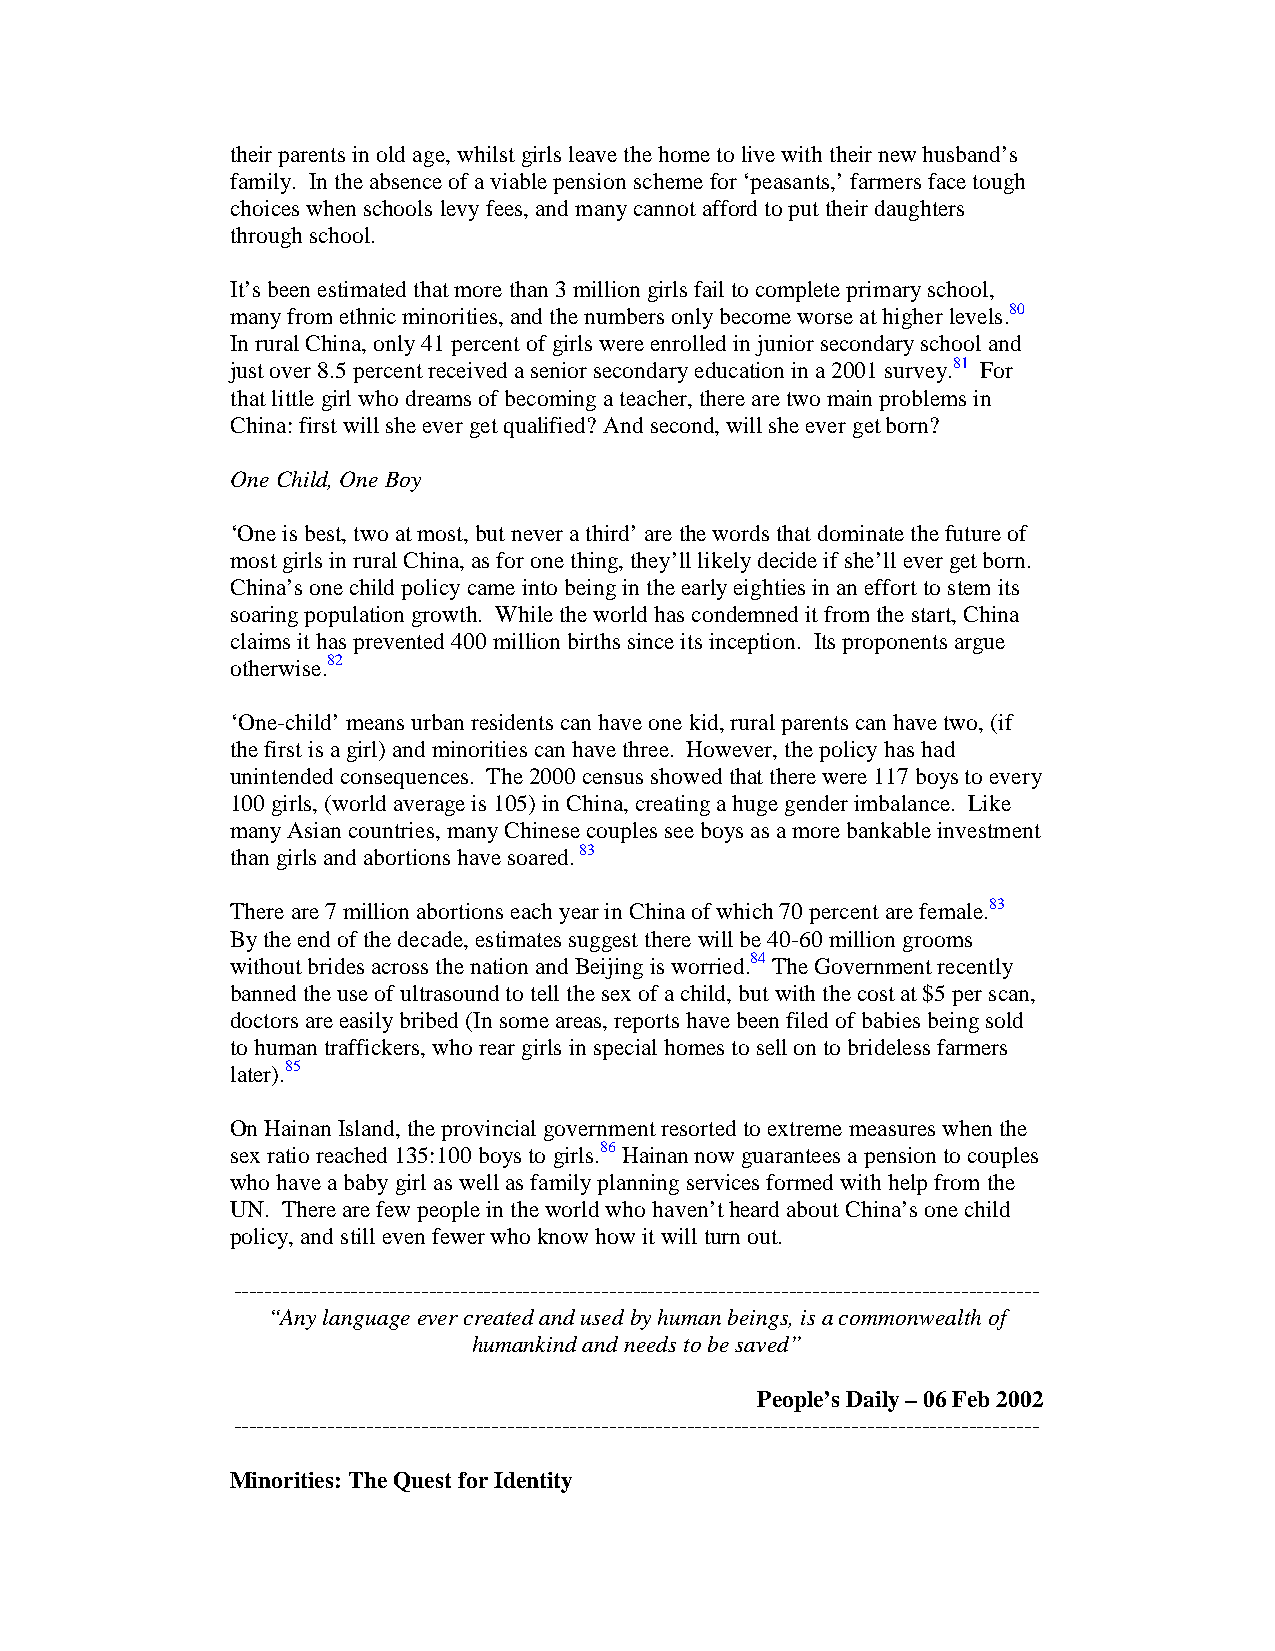
their parents in old age, whilst girls leave the home to live with their new husband’s
 family. In the absence of a viable pension scheme for ‘peasants,’ farmers face tough
 choices when schools levy fees, and many cannot afford to put their daughters
 through school.
 It’s been estimated that more than 3 million girls fail to complete primary school,
 many from ethnic minorities, and the numbers only become worse at higher levels.80
 In rural China, only 41 percent of girls were enrolled in junior secondary school and
 just over 8.5 percent received a senior secondary education in a 2001 survey.81 For
 that little girl who dreams of becoming a teacher, there are two main problems in
 China: first will she ever get qualified? And second, will she ever get born?
 One Child, One Boy
 ‘One is best, two at most, but never a third’ are the words that dominate the future of
 most girls in rural China, as for one thing, they’ll likely decide if she’ll ever get born.
 China’s one child policy came into being in the early eighties in an effort to stem its
 soaring population growth. While the world has condemned it from the start, China
 claims it has prevented 400 million births since its inception. Its proponents argue
 otherwise.82
 ‘One-child’ means urban residents can have one kid, rural parents can have two, (if
 the first is a girl) and minorities can have three. However, the policy has had
 unintended consequences. The 2000 census showed that there were 117 boys to every
 100 girls, (world average is 105) in China, creating a huge gender imbalance. Like
 many Asian countries, many Chinese couples see boys as a more bankable investment
 than girls and abortions have soared. 83
 There are 7 million abortions each year in China of which 70 percent are female.83
 By the end of the decade, estimates suggest there will be 40-60 million grooms
 without brides across the nation and Beijing is worried.84 The Government recently
 banned the use of ultrasound to tell the sex of a child, but with the cost at $5 per scan,
 doctors are easily bribed (In some areas, reports have been filed of babies being sold
 to human traffickers, who rear girls in special homes to sell on to brideless farmers
 later).85
 On Hainan Island, the provincial government resorted to extreme measures when the
 sex ratio reached 135:100 boys to girls.86 Hainan now guarantees a pension to couples
 who have a baby girl as well as family planning services formed with help from the
 UN. There are few people in the world who haven’t heard about China’s one child
 policy, and still even fewer who know how it will turn out.
 -------------------------------------------------------------------------------------------------------
 “Any language ever created and used by human beings, is a commonwealth of
 humankind and needs to be saved”
 People’s Daily – 06 Feb 2002
 -------------------------------------------------------------------------------------------------------
 Minorities: The Quest for Identity